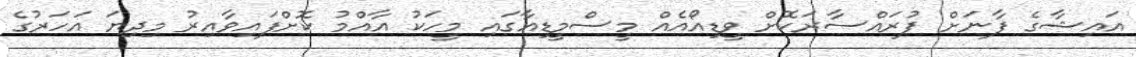
އައިޝާގެ ފާނަށް ފުރައްސާރަކޮށް ވީޑިއޯއެއް މީސްމީީޑިއާގައި މީހަކު އާއްމު ކޮށްފައިވާއިރު މިދިޔަ އަހަރުގެ